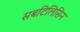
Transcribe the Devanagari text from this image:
सबटिलिसिन